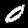
Digit: 0